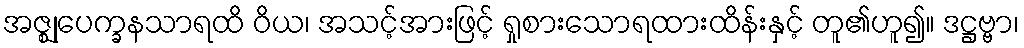
အဇ္ဈုပေက္ခနသာရထိ ဝိယ၊ အသင့်အားဖြင့် ရှုစားသောရထားထိန်းနှင့် တူ၏ဟူ၍။ ဒဋ္ဌဗ္ဗာ၊